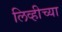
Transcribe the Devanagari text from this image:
लिव्हीच्या